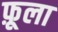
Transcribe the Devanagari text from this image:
फ़ूला